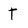
Character: T